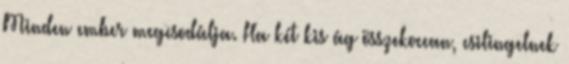
Minden ember megcsodálja. Ha két kis ág összekoccan, csilingelnek